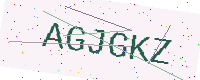
Text: AGJGKZ